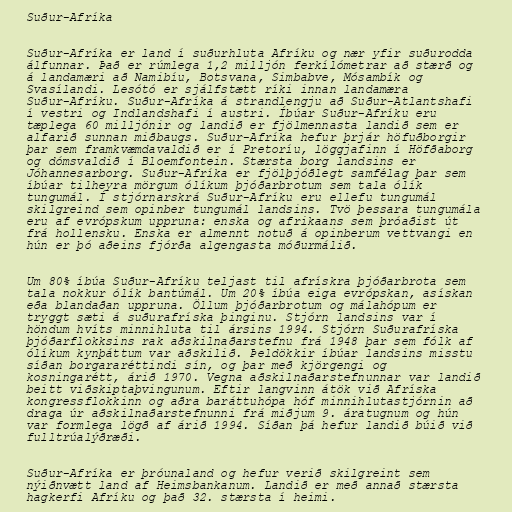
Suður-Afríka

Suður-Afríka er land í suðurhluta Afríku og nær yfir suðurodda
álfunnar. Það er rúmlega 1,2 milljón ferkílómetrar að stærð og
á landamæri að Namibíu, Botsvana, Simbabve, Mósambík og
Svasílandi. Lesótó er sjálfstætt ríki innan landamæra
Suður-Afríku. Suður-Afríka á strandlengju að Suður-Atlantshafi
í vestri og Indlandshafi í austri. Íbúar Suður-Afríku eru
tæplega 60 milljónir og landið er fjölmennasta landið sem er
alfarið sunnan miðbaugs. Suður-Afríka hefur þrjár höfuðborgir
þar sem framkvæmdavaldið er í Pretoríu, löggjafinn í Höfðaborg
og dómsvaldið í Bloemfontein. Stærsta borg landsins er
Jóhannesarborg. Suður-Afríka er fjölþjóðlegt samfélag þar sem
íbúar tilheyra mörgum ólíkum þjóðarbrotum sem tala ólík
tungumál. Í stjórnarskrá Suður-Afríku eru ellefu tungumál
skilgreind sem opinber tungumál landsins. Tvö þessara tungumála
eru af evrópskum uppruna: enska og afrikaans sem þróaðist út
frá hollensku. Enska er almennt notuð á opinberum vettvangi en
hún er þó aðeins fjórða algengasta móðurmálið.

Um 80% íbúa Suður-Afríku teljast til afrískra þjóðarbrota sem
tala nokkur ólík bantúmál. Um 20% íbúa eiga evrópskan, asískan
eða blandaðan uppruna. Öllum þjóðarbrotum og málahópum er
tryggt sæti á suðurafríska þinginu. Stjórn landsins var í
höndum hvíts minnihluta til ársins 1994. Stjórn Suðurafríska
þjóðarflokksins rak aðskilnaðarstefnu frá 1948 þar sem fólk af
ólíkum kynþáttum var aðskilið. Þeldökkir íbúar landsins misstu
síðan borgararéttindi sín, og þar með kjörgengi og
kosningarétt, árið 1970. Vegna aðskilnaðarstefnunnar var landið
beitt viðskiptaþvingunum. Eftir langvinn átök við Afríska
kongressflokkinn og aðra baráttuhópa hóf minnihlutastjórnin að
draga úr aðskilnaðarstefnunni frá miðjum 9. áratugnum og hún
var formlega lögð af árið 1994. Síðan þá hefur landið búið við
fulltrúalýðræði.

Suður-Afríka er þróunaland og hefur verið skilgreint sem
nýiðnvætt land af Heimsbankanum. Landið er með annað stærsta
hagkerfi Afríku og það 32. stærsta í heimi.